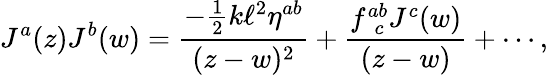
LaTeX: J^{a}(z)J^{b}(w)=\frac{-\frac{1}{2}k\ell^{2}\eta^{ab}}{(z-w)^{2}}+\frac{f_{~~c}^{ab}J^{c}(w)}{(z-w)}+\cdots,